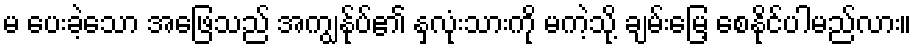
မ ပေးခဲ့သော အဖြေသည် အကျွန်ုပ်၏ နှလုံးသားကို မကဲ့သို့ ချမ်းမြေ့ စေနိုင်ပါမည်လား။